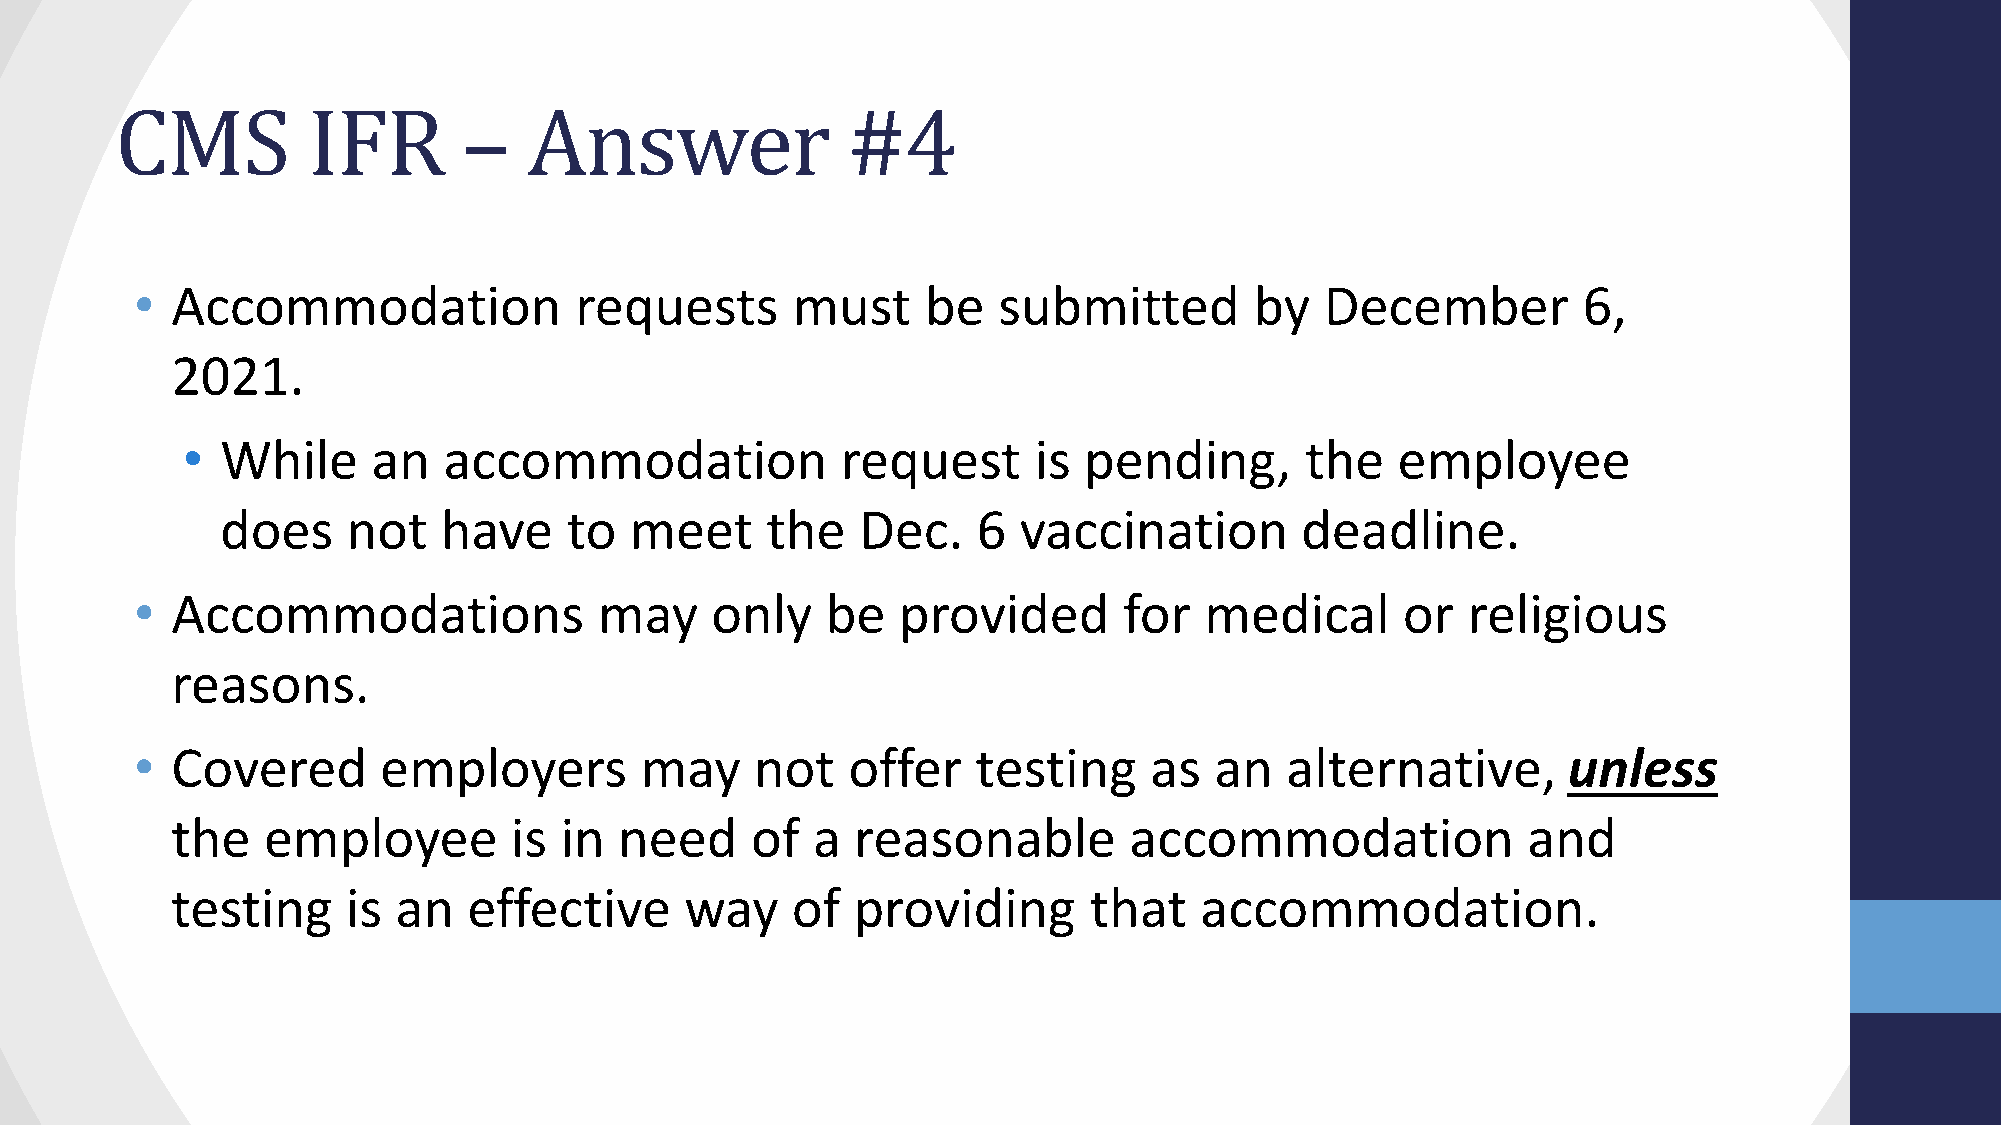
CMS         IFR        –   Answer               #4
 • Accommodation              requests      must     be   submitted        by   December         6,
 2021.
 •  While     an  accommodation              request     is  pending,      the   employee
 does    not   have    to   meet     the   Dec.    6 vaccination        deadline.
 • Accommodations               may    only    be  provided       for   medical      or  religious
 reasons.
 • Covered       employers        may     not   offer    testing    as  an   alternative,       unless
 the   employee         is in  need     of  a  reasonable        accommodation             and
 testing     is an   effective     way    of  providing       that   accommodation.